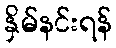
နှိမ်နင်းရန်